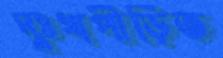
দুঃখপীড়িত